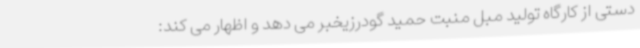
دستی از کارگاه تولید مبل منبت حمید گودرزیخبر می دهد و اظهار می کند: